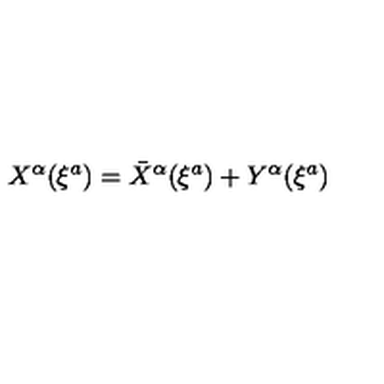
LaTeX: X ^ { \alpha } ( \xi ^ { a } ) = { \bar { X } } ^ { \alpha } ( \xi ^ { a } ) + Y ^ { \alpha } ( \xi ^ { a } )